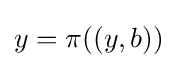
y=\pi ((y,b))